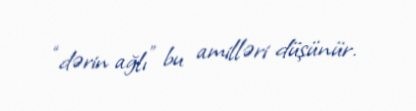
“dərin ağlı” bu amilləri düşünür.